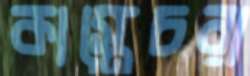
কাস্তেচরা